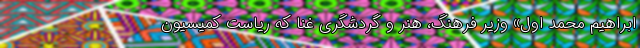
ابراهیم محمد اول» وزیر فرهنگ، هنر و گردشگری غنا که ریاست کمیسیون